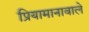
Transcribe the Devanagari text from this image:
प्रियामानावाले